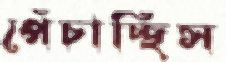
পেঁচাচ্ছিস